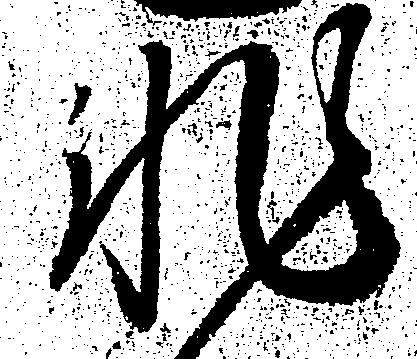
非